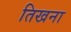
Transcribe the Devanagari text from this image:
तिखना